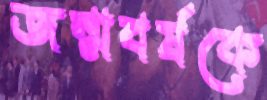
জন্মবর্ষকে